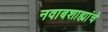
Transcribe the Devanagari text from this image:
नवाबशाह्यांचे